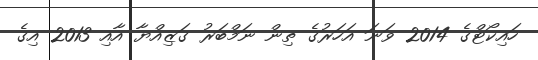
ހައިކޯޓްގެ 2014 ވަނަ އަހަރުގެ ތިން ނަމްބަރު ގަޒިއްޔާ އާއި 2013 އިގެ